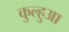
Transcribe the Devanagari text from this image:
कुल्हुआ